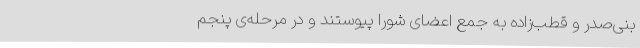
بنی‌صدر و قطب‌زاده ‌به‌ جمع‌ اعضای‌ شورا پیوستند و در مرحله‌ی‌ پنجم‌